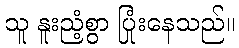
သူ နူးညံ့စွာ ပြုံးနေသည်။